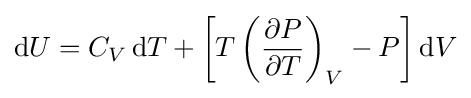
\mathrm {d} U=C_{V}\,\mathrm {d} T+\left[T\left({\frac {\partial P}{\partial T}}\right)_{V}-P\right]\mathrm {d} V